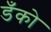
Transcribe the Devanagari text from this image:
डँको